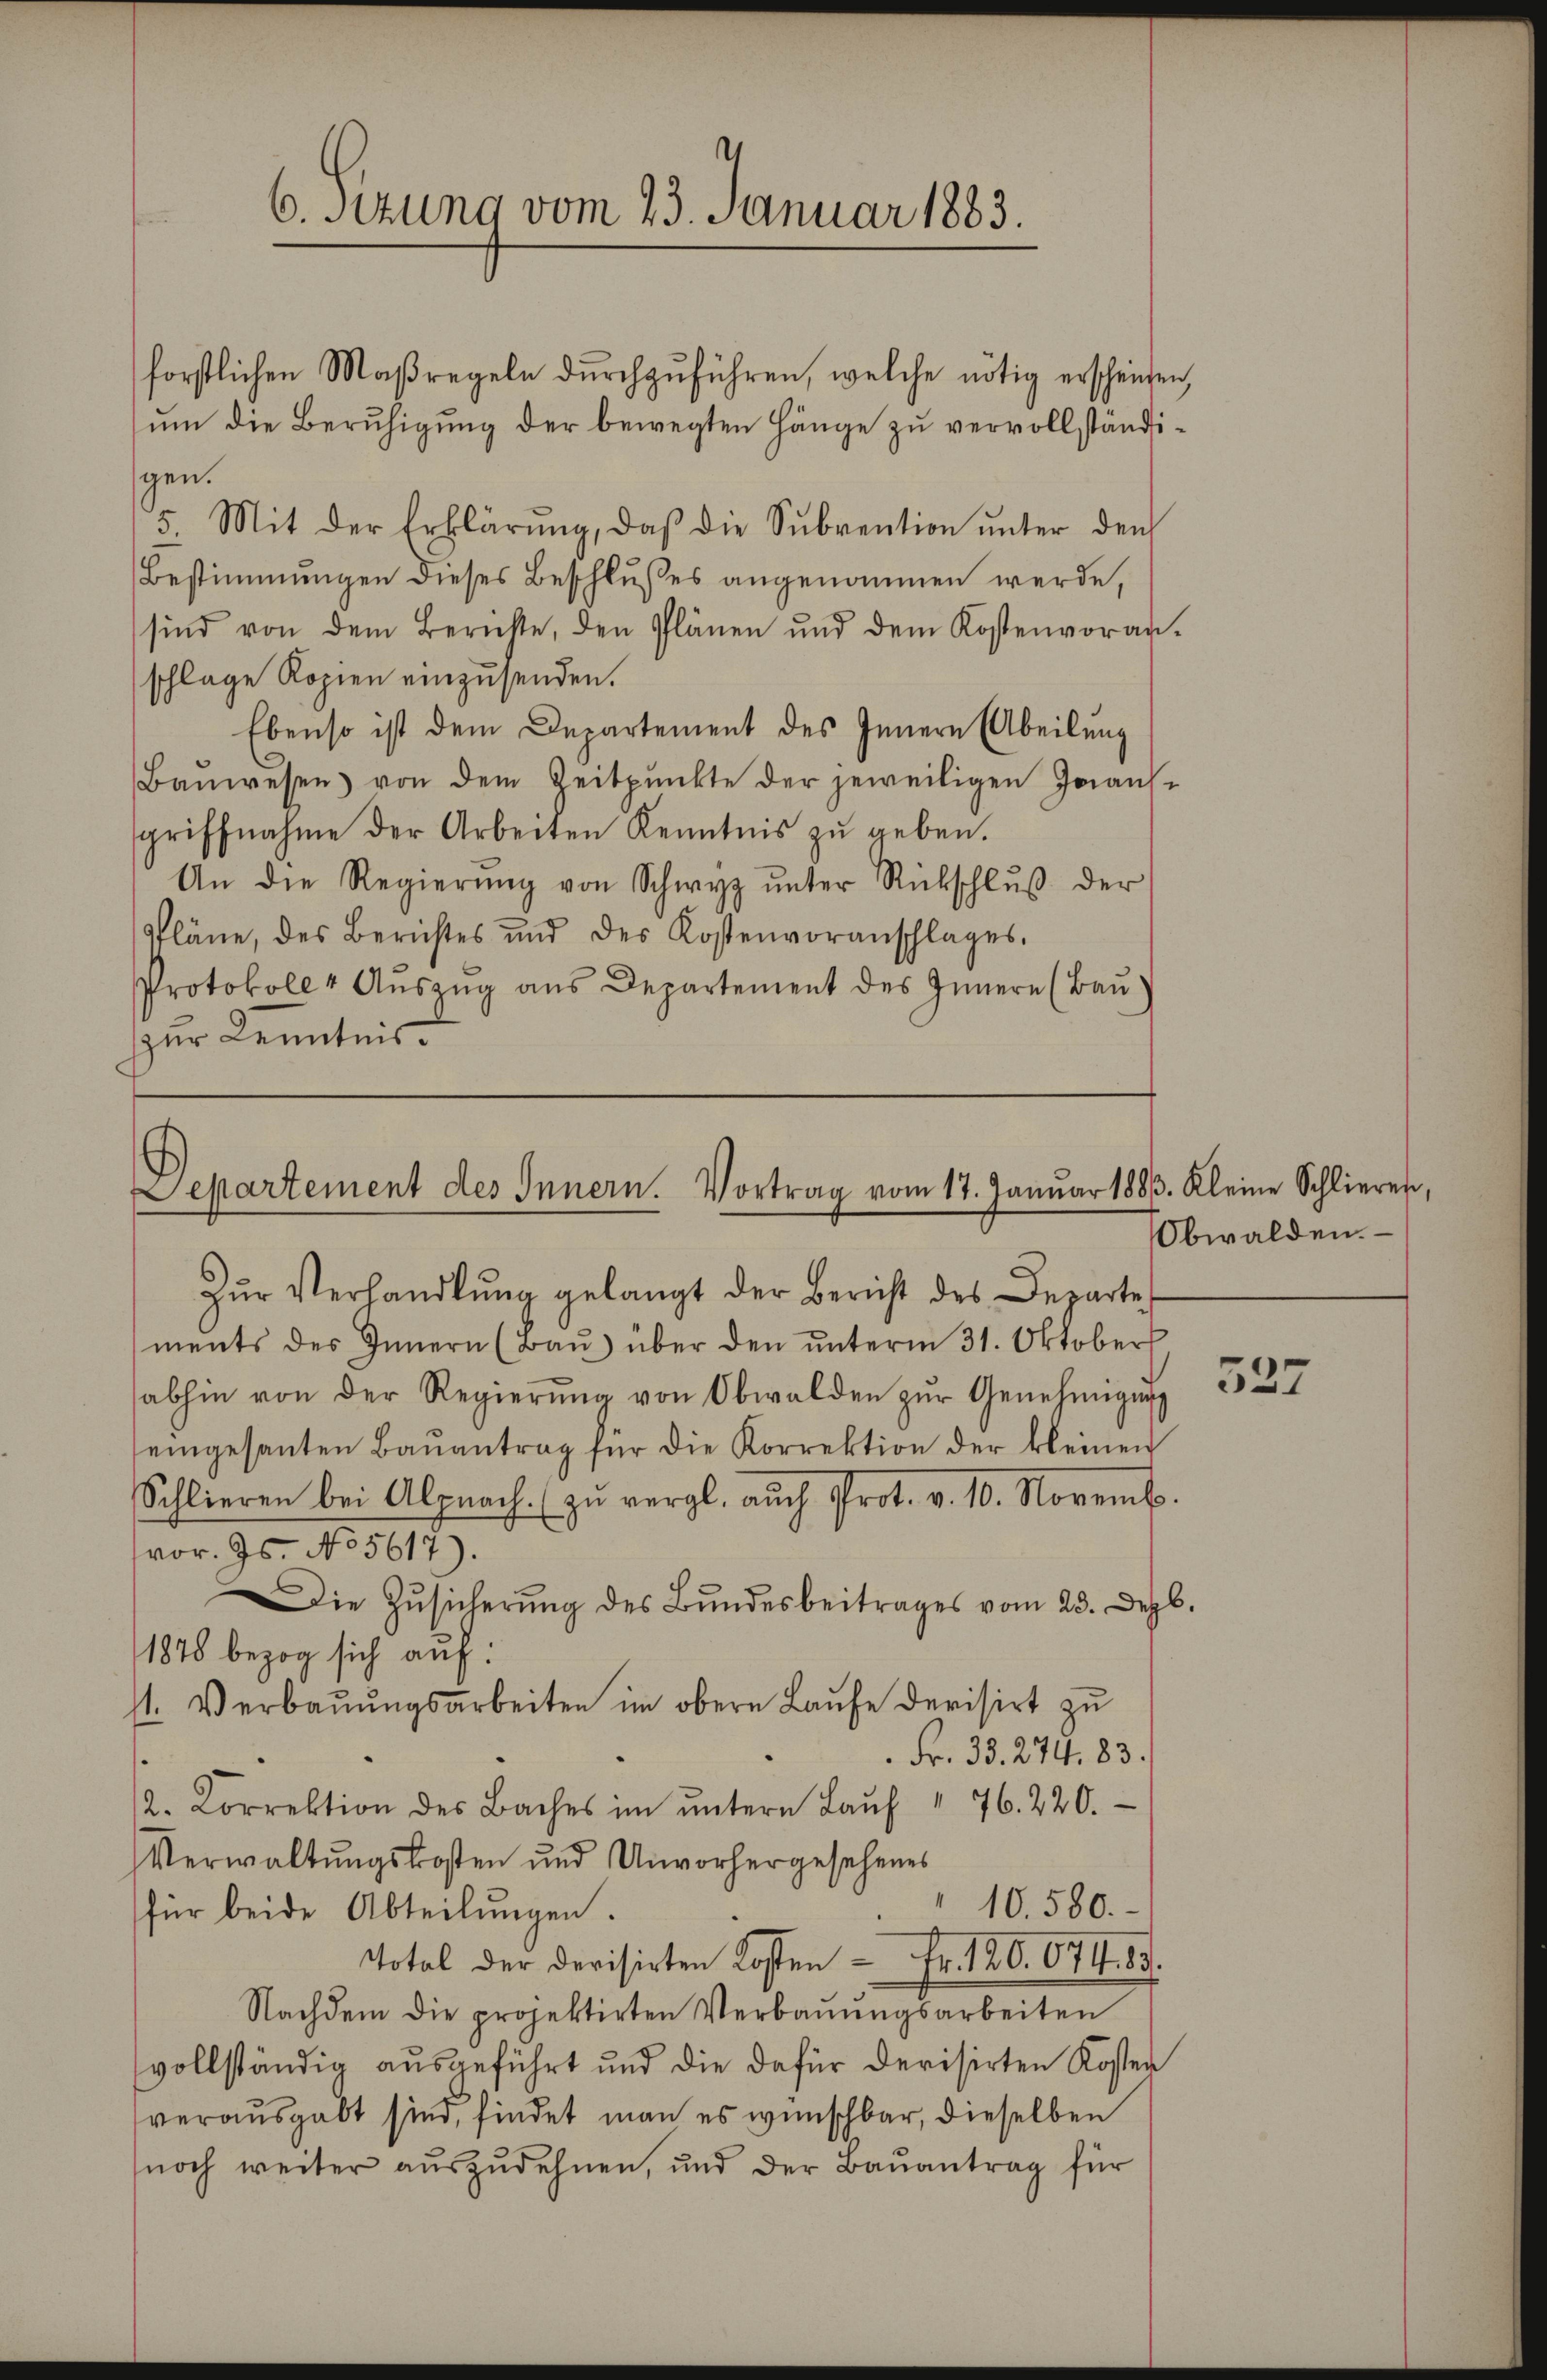
6. Sitzung vom 23. Januar 1883.

forstlichen Maßregeln durchzuführen, welche nötig erscheinen,
ŭm die Beruhigung der bewegten Hänge zu vervollständisgen.
.
Mit der Erklärŭng, daβ die Sŭbvention ŭnter den
Bestimmungen dieses Beschlußes angenommen werde,
sind von dem Berichte, den Plänen und dem Kostenvoran-
schlage Kopien einzusenden.
Ebenso ist dem Departement des Innern (Abeilung
Baŭwesen von dem Zeitpunkte der jeweiligen Joans-
sgriffnahme der Arbeiten Kenntnis zŭ geben.
An die Regierŭng von Schwyz ŭnter Rückschlŭβ der
Pläne, des Berichtes und des Kostenvoranschlages.
Protokoll 4 Aŭszŭg ans Departement des Innern (Baŭ
zur Kenntnis

Departement des Innern. Vortrag vom 17. Janŭar 1883. Kleine Schlieren,

Zŭr Verhandlŭng gelangt der Bericht des Departe
ments des Innern (Baŭ) über den ŭnterm 31. Oktober
sabhin von der Regierŭng von Obwalden zŭr Genehmigŭng
eingesanten Baŭantrag für die Korrektion der kleinen
Schlieren bei Alpnach (zŭ vergl. auch Prot. v. 10. Novemb.
vor. Js. No 5617)
Die Zŭsicherŭng des Bŭndesbeitrages vom 23. Dezb.
1878 bezog sich auf:
st. Verbaŭŭngsarbeiten im obere Laŭfe derisirt zu
 Fr. 33. 274. 83.
/2. Korrektion des Baches im ŭntern Laŭf " 76. 220.
Verwaltungskosten und Unvorhergesehenes
10. 580.
für beide Abteilŭngen.
Total der devisirten Kosten - Fr. 120. 674. 89.
Nachdem die projektirten Verbaŭŭngsarbeiten
vollständig ausgeführt und die dafür derisirten Koster
verausgabt sind, findet man es wünschbar, dieselben
noch weiter auszudehnen, und der Bauantrag für

Obwalden.

527